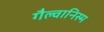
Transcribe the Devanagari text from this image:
गैल्वानिस्म